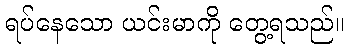
ရပ်နေသော ယင်းမာကို တွေ့ရသည်။